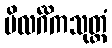
ဗိလင်္ဂိကသုတ္တံ